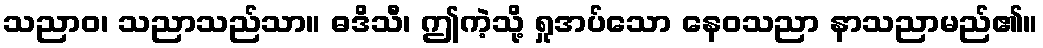
သညာဝ၊ သညာသည်သာ။ ဓဒိသီ၊ ဤကဲ့သို့ ရှုအပ်သော နေဝသညာ နာသညာမည်၏။